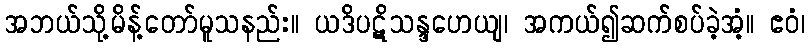
အဘယ်သို့မိန့်တော်မူသနည်း။ ယဒိပဋိသန္ဒဟေယျ၊ အကယ်၍ဆက်စပ်ခဲ့အံ့။ ဧဝံ၊